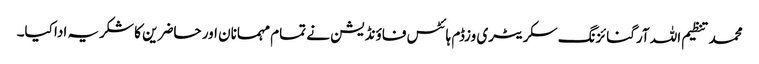
محمد تنظیم اللہ آرگنائزنگ سکریٹری وزڈم ہائٹس فاؤنڈیشن نے تمام مہمانان اور حاضرین کا شکریہ ادا کیا۔